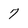
Character: 7